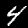
Digit: 4